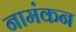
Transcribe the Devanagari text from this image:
नामंकन